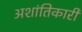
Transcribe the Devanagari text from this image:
अशांतिकारी